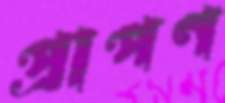
প্রাপণ